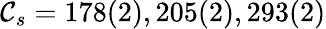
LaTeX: \mathcal{C}_{s}=178(2),205(2),293(2)